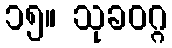
၁၅။ သုခဝဂ္ဂ